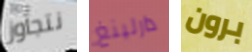
نتجاوز دارلينغ برون